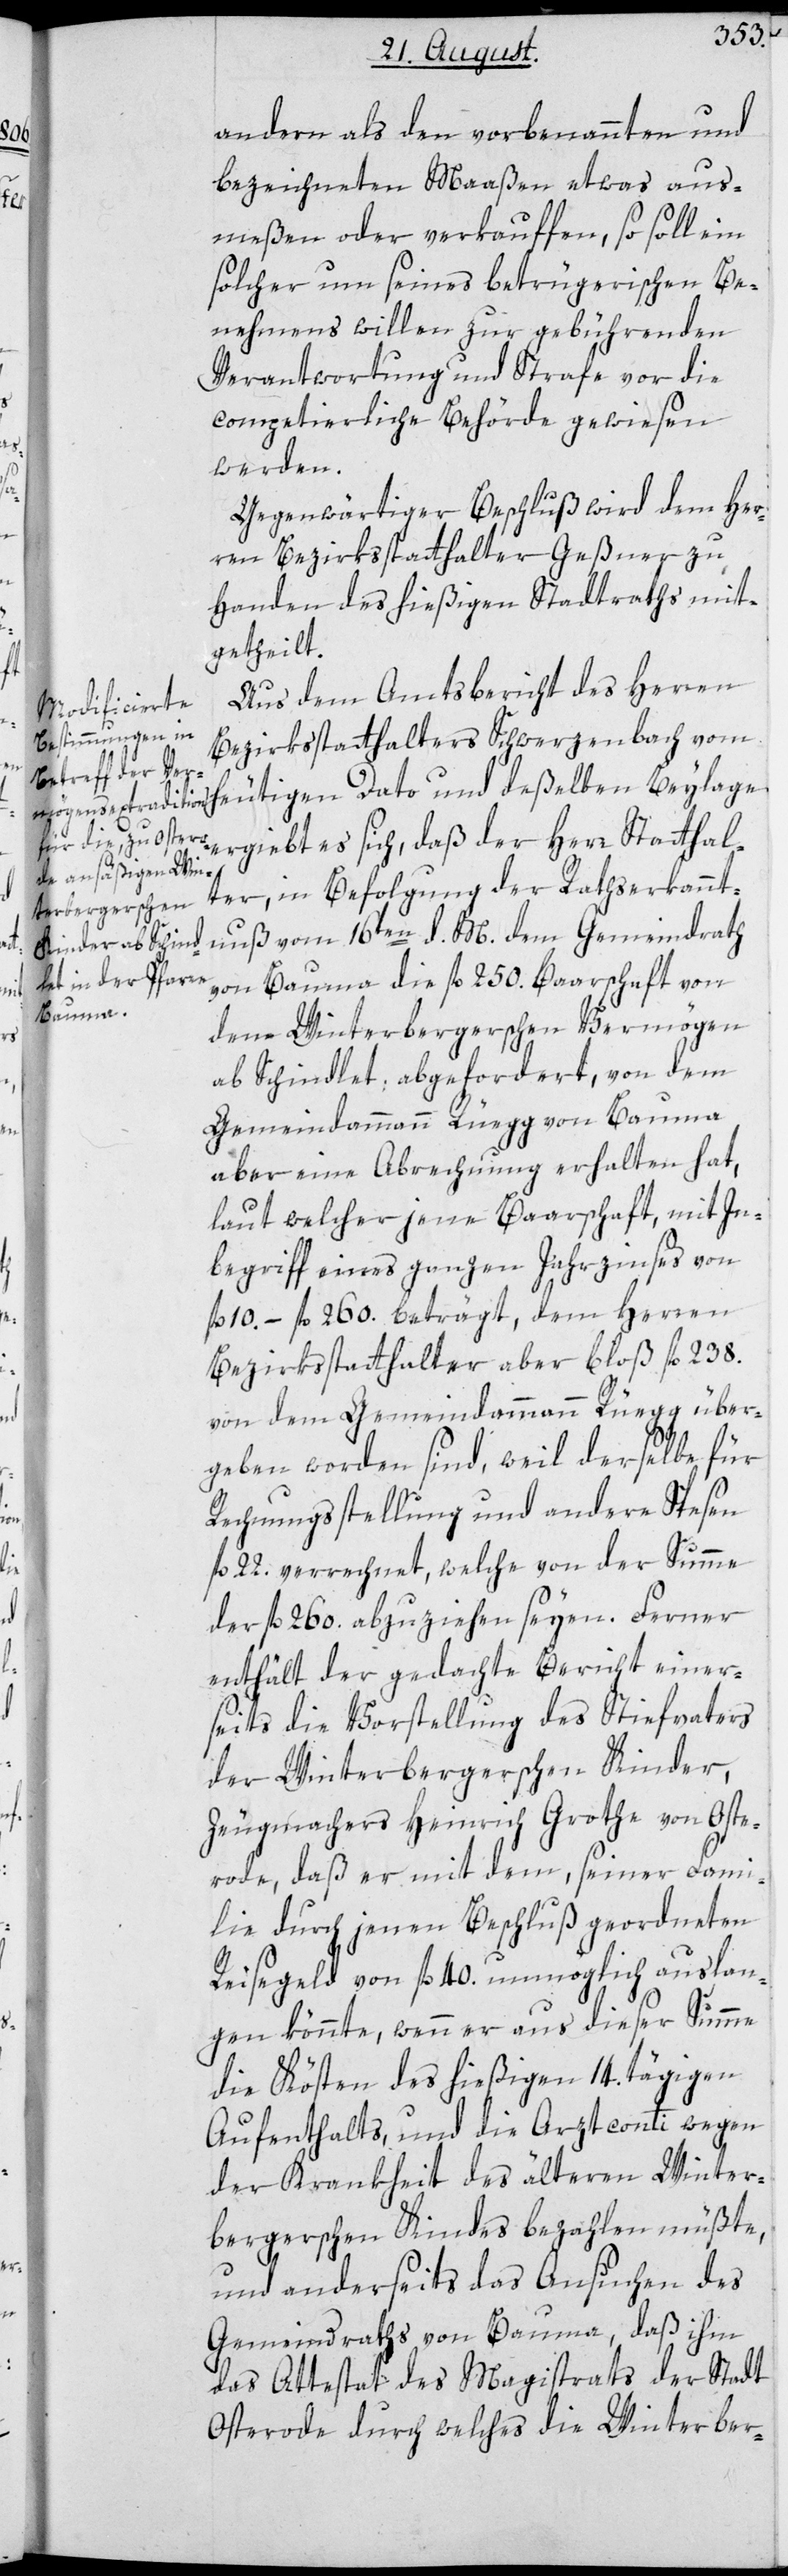
andern als den vorbenannten und
bezeichneten Maaßen etwas aus¬
meßen oder verkauffen, so soll ein
solcher um seines betrügerischen Be¬
nehmens willen zur gebührenden
Verantwortung und Strafe vor die
competierliche Behörde gewiesen
werden.
Gegenwärtiger Beschluß wird dem Her¬
ren Bezirksstatthalter Geßner zu
Handen des hießigen Stadtraths mit¬
getheilt.
Aus dem Amtsbericht des Herren
Bezirksstatthalters Schwerzenbach vom
heutigen Dato und deßelben Beylage
ergiebt es sich, daß der Herr Statthal¬
ter, in Befolgung der Rathserkannt¬
nuß vom 16ten d. M. dem Gemeindrath
von Bauma die fl. 250. Baarschaft von
dem Winterbergerschen Vermögen
ab Schindlet, abgefordert, von dem
Gemeindammann Rüegg von Bauma,
aber eine Abrechnung erhalten hat,
laut welcher jene Baarschaft, mit In¬
begriff eines ganzen Jahrzinses von
fl. 10.– fl. 260. beträgt, dem Herren
Bezirksstatthalter aber bloß fl. 238.
von dem Gemeindammann Rüegg über¬
geben worden sind, weil derselbe für
Rechnungsstellung und andere Spesen
fl. 22. verrechnet, welche von der Summe
der fl. 260. abzuziehen seyen. Ferner
enthält der gedachte Bericht einer¬
seits die Vorstellung des Stiefvaters
der Winterbergerschen Kinder,
Zeugmachers Heinrich Grothe von Oste¬
rode, daß er mit dem, seiner Fami¬
lie durch jenen Beschluß geordneten
Reisegeld von fl. 40. unmöglich auslan¬
gen könnte, wenn er aus dieser Summe
die Kösten des hießigen 14. tägigen
Aufenthalts, und die Arztconti wegen
der Krankheit des älteren Winter¬
bergerschen Kindes bezahlen müßte,
und anderseits das Ansuchen des
Gemeindraths von Bauma, daß ihm
das Attestat des Magistrats der Stadt
Osterode, durch welches die Winterber-